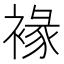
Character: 褖